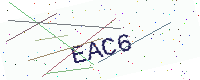
Text: EAC6